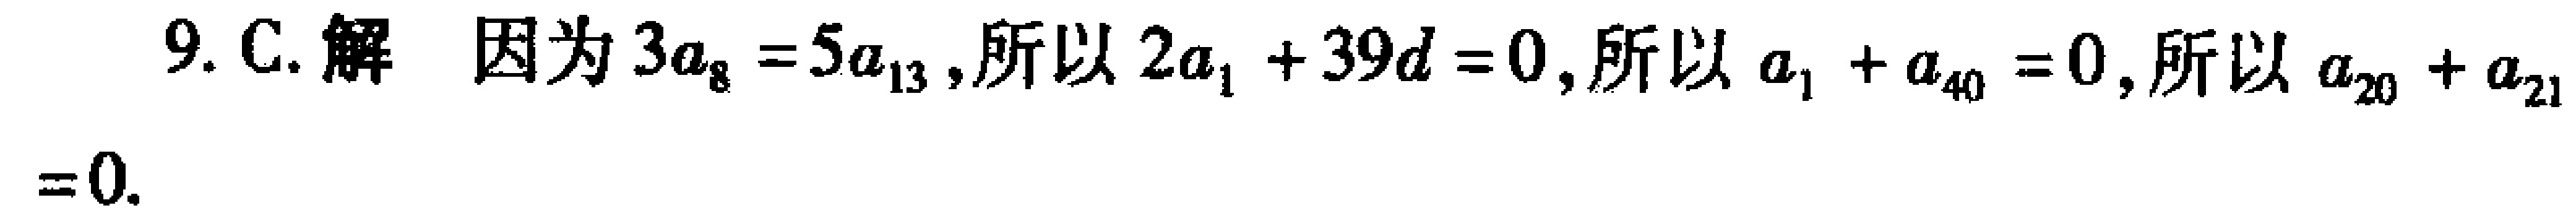
9. C. 解 因为 \(3a_{8}=5a_{13}\),所以 \(2a_{1}+39d = 0\),所以 \(a_{1}+a_{40}=0\),所以 \(a_{20}+a_{21}=0\).